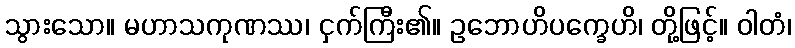
သွားသော။ မဟာသကုဏဿ၊ ငှက်ကြီး၏။ ဥဘောဟိပက္ခေဟိ၊ တို့ဖြင့်။ ဝါတံ၊